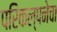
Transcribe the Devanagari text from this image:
परिकल्पनेचा